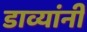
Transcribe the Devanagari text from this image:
डाव्यांनी